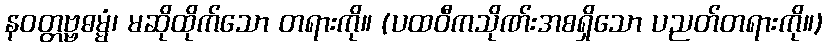
နဝတ္တဗ္ဗဓမ္မံ၊ မဆိုထိုက်သော တရားကို။ (ပထဝီကသိုဏ်းအစရှိသော ပညတ်တရားကို။)